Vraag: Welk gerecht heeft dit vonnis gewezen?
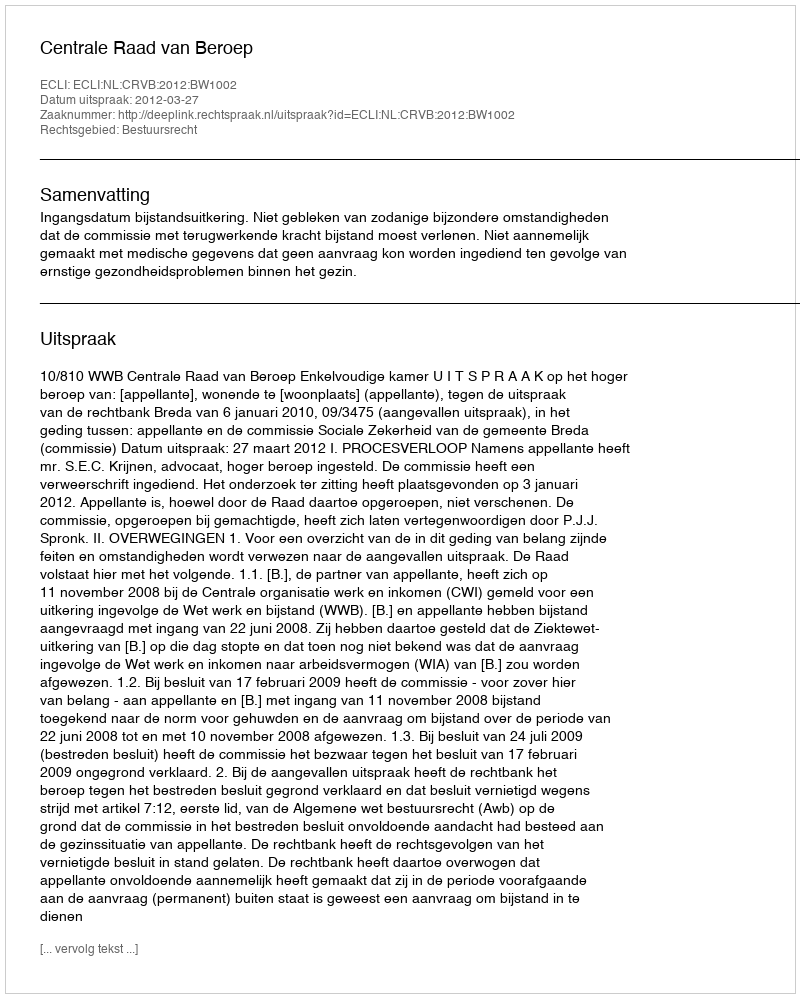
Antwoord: Centrale Raad van Beroep